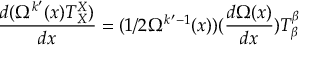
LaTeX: \frac { d ( \Omega ^ { k ^ { \prime } } ( x ) T _ { X } ^ { X } ) } { d x } = ( 1 / 2 \Omega ^ { k ^ { \prime } - 1 } ( x ) ) ( \frac { d \Omega ( x ) } { d x } ) T _ { \beta } ^ { \beta }